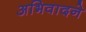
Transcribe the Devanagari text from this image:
अभिवादने